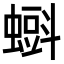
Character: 𧐝